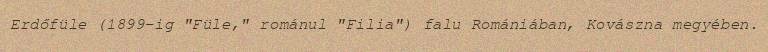
Erdőfüle (1899-ig "Füle," románul "Filia") falu Romániában, Kovászna megyében.